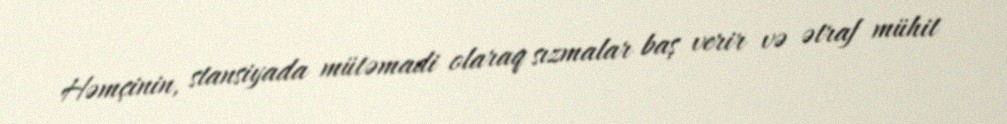
Həmçinin, stansiyada mütəmadi olaraq sızmalar baş verir və ətraf mühit